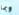
وبما